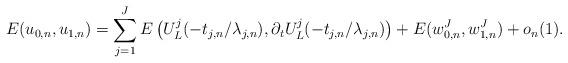
LaTeX: \begin{align*}E(u_{0,n}, u_{1,n}) = \sum_{j = 1}^J E \left ( U^j_L( -t_{j,n}/\lambda_{j,n} ), \partial_t U^j_L( -t_{j,n} / \lambda_{j,n} ) \right ) + E ( w_{0,n}^J, w_{1,n}^J ) + o_n(1). \end{align*}